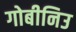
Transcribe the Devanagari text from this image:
गोबीनिउ